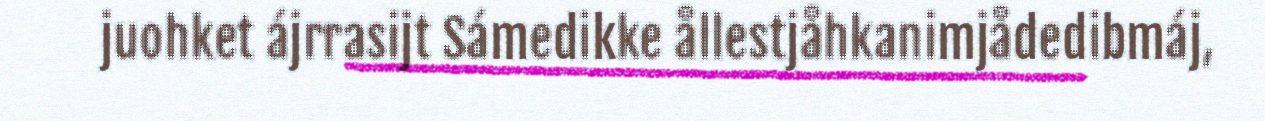
juohket ájrrasijt Sámedikke ållestjåhkanimjådedibmáj,